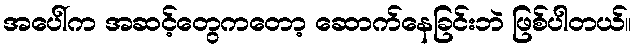
အပေါ်က အဆင့်တွေကတော့ ဆောက်နေခြင်းဘဲ ဖြစ်ပါတယ်။